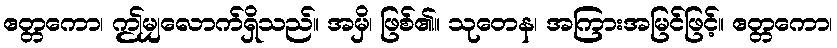
ဧတ္တကော၊ ဤမျှလောက်ရှိသည်။ အမှိ၊ ဖြစ်၏။ သုတေန၊ အကြားအမြင်ဖြင့်။ ဧတ္တကော၊